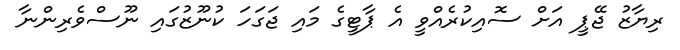
ރިޔާޒު ޖޭޕީ އަށް ސޮއިކުރެއްވީ އެ ޕާޓީގެ މައި ޖަގަހަ ކުނޫޒުގައި ނޫސްވެރިންނާ